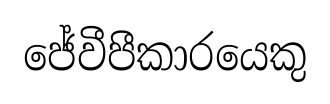
ජේවීපීකාරයෙකු